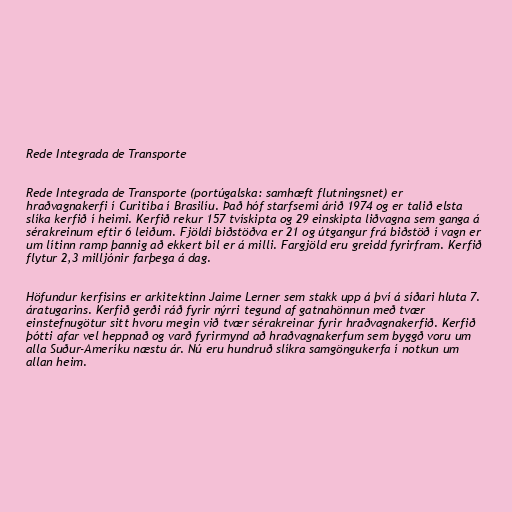
Rede Integrada de Transporte

Rede Integrada de Transporte (portúgalska: samhæft flutningsnet) er
hraðvagnakerfi í Curitiba í Brasilíu. Það hóf starfsemi árið 1974 og er talið elsta
slíka kerfið í heimi. Kerfið rekur 157 tvískipta og 29 einskipta liðvagna sem ganga á
sérakreinum eftir 6 leiðum. Fjöldi biðstöðva er 21 og útgangur frá biðstöð í vagn er
um lítinn ramp þannig að ekkert bil er á milli. Fargjöld eru greidd fyrirfram. Kerfið
flytur 2,3 milljónir farþega á dag.

Höfundur kerfisins er arkitektinn Jaime Lerner sem stakk upp á því á síðari hluta 7.
áratugarins. Kerfið gerði ráð fyrir nýrri tegund af gatnahönnun með tvær
einstefnugötur sitt hvoru megin við tvær sérakreinar fyrir hraðvagnakerfið. Kerfið
þótti afar vel heppnað og varð fyrirmynd að hraðvagnakerfum sem byggð voru um
alla Suður-Ameríku næstu ár. Nú eru hundruð slíkra samgöngukerfa í notkun um
allan heim.